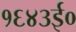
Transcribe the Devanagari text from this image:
१६४३ई०